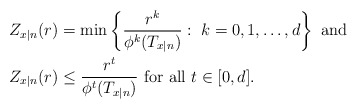
\begin{align*} Z_{x|n}(r)&=\min\left\{\frac{r^k}{\phi^k(T_{x|n})}:\; k=0,1,\ldots, d\right\} \mbox{ and } \\ Z_{x|n}(r)&\leq \frac{r^t}{\phi^t(T_{x|n})}\mbox{ for all }t\in [0,d]. \end{align*}